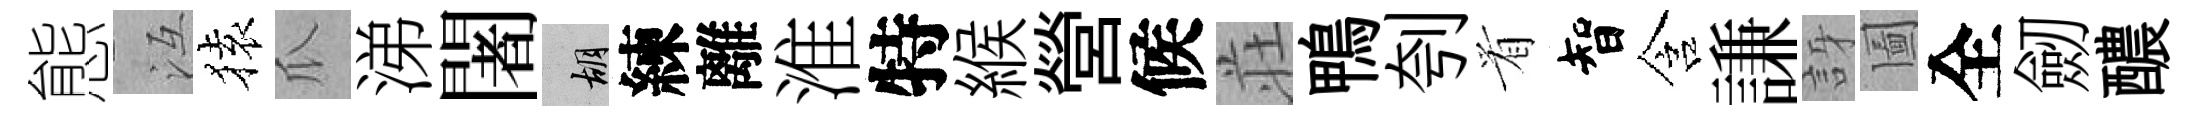
態冱𫞤瓜涕闍胡練離淮特緱營候荘鴨刳㸔智含謙訝圗全劒醲